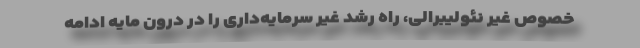
خصوص غیر نئولیبرالی، راه رشد غیر سرمایه‌داری را در درون مایه ادامه